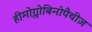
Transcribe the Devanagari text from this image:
हीमोग्लोबिनोपैथीज़